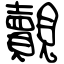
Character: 覿